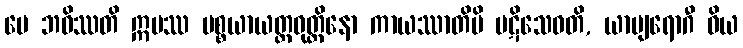
မေ ဘဝိဿတိ ဣမဿ ပစ္စယာယတ္တဝုတ္တိနော ကာယဿာတိပိ ပဋိသေဝတိ, ယာပျရောဂီ ဝိယ